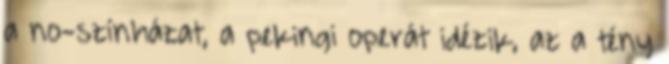
a no-színházat, a pekingi operát idézik, az a tény